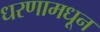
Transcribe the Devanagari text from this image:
धरणामधून